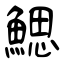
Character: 鰓